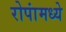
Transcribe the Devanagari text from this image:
रोपांमध्ये